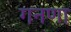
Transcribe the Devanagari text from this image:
गनणा